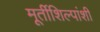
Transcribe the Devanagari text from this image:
मूर्तीशिल्पांशी